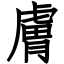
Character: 膚